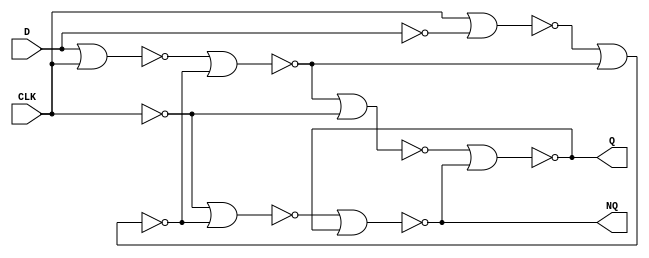
`timescale 1 ns / 1 ps
module d_flip_flop(D, CLK ,Q, NQ);

input  D, CLK;
output Q, NQ;
wire   S2,R2,Q1, NQ1,NCLK,ND;  

  // A		   
  not  (ND,D);
  nor (S1,D,CLK);
  nor (R1,CLK,ND);	 
  
  nor (Q1,S1,NQ1);
  nor (NQ1,R1,Q1);
  	
  // B
  not (NCLK,CLK);
  nor (S2,Q1,NCLK);
  nor (R2,NCLK,NQ1);
  
  nor (Q,S2,NQ);
  nor (NQ,R2,Q);

endmodule